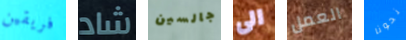
فريقين شاد جالسين الى العمل نحونا